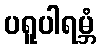
ပရူပါရမ္ဘံ